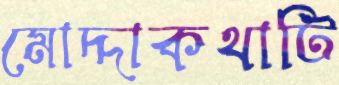
মোদ্দাকথাটি